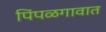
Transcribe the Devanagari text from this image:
पिंपळगावात